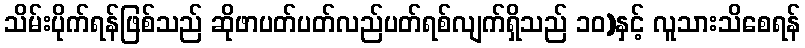
သိမ်းပိုက်ရန်ဖြစ်သည် ဆိုဖာပတ်ပတ်လည်ပတ်ရစ်လျက်ရှိသည် ၁၀)နှင့် လူသားသိစေရန်